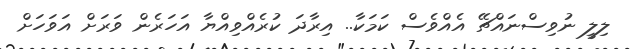
ލިލީ ނުވިސްނައްޗޭ އެއްވެސް ކަމަކާ.. އިރާދަ ކުރެއްވިއްޔާ އަހަރެން ވަރަށް އަވަހަށް